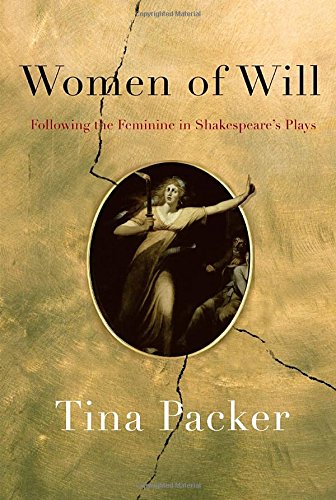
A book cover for Women of Will: Following the Feminine in Shakespeare's Plays; Tina Packer; Literature & Fiction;